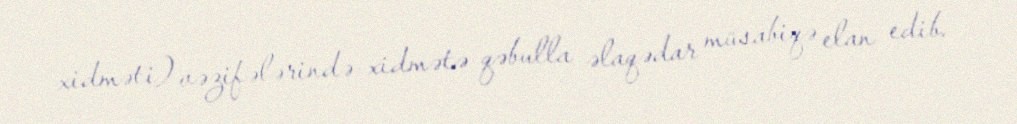
xidməti) vəzifələrində xidmətə qəbulla əlaqədar müsabiqə elan edib.